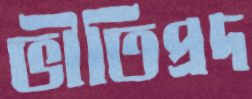
ভীতিপ্রদ